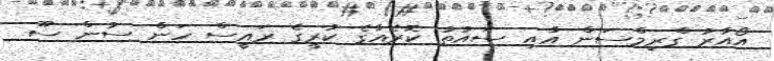
އޯއާރު ގްރިމްސަން އާއި ސައުތު ކޮރެއާގެ ކުރީގެ ރައީސް ހަން ސުން ސޫ